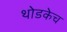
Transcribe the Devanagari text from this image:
थोडकेच